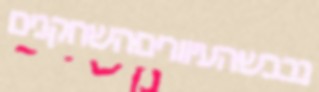
נכבשהעיווריםהשחקנים